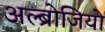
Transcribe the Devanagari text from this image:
अल्ब्रोजियो